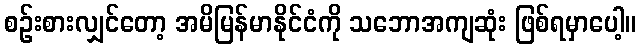
စဉ်းစားလျှင်တော့ အမိမြန်မာနိုင်ငံကို သဘောအကျဆုံး ဖြစ်ရမှာပေါ့။